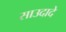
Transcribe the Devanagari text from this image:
साउदादे